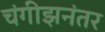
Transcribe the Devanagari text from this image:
चंगीझनंतर